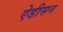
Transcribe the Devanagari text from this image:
ऐडीसन